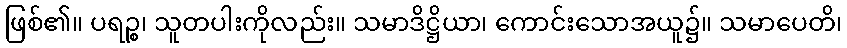
ဖြစ်၏။ ပရဉ္စ၊ သူတပါးကိုလည်း။ သမာဒိဋ္ဌိယာ၊ ကောင်းသောအယူ၌။ သမာပေတိ၊